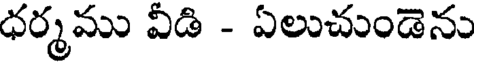
ధర్మము వీడి - ఏలుచుండెను